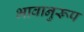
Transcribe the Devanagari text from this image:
भावानुरूप